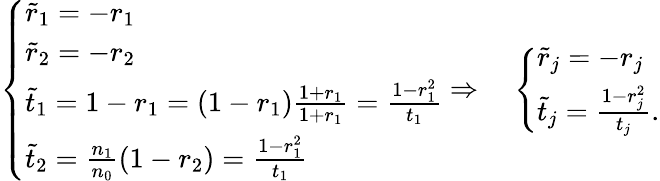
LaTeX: \left\{ \begin{array}{ll}{\tilde{r}_{1}=-r_{1}}\\ {\tilde{r}_{2}=-r_{2}}\\ {\tilde{t}_{1}=1-r_{1}=(1-r_{1})\frac{1+r_{1}}{1+r_{1}}=\frac{1-r_{1}^{2}}{t_{1}}}\\ {\tilde{t}_{2}=\frac{n_{1}}{n_{0}}(1-r_{2})=\frac{1-r_{1}^{2}}{t_{1}}}\end{array}\right.\Rightarrow\quad\left\{ \begin{array}{ll}{\tilde{r}_{j}=-r_{j}}\\ {\tilde{t}_{j}=\frac{1-r_{j}^{2}}{t_{j}}.}\end{array}\right.